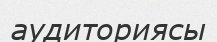
аудиториясы